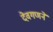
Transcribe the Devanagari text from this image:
देवगणने